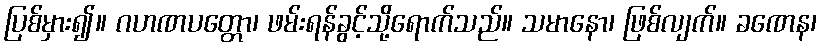
ပြစ်မှား၍။ ဂဟဏပတ္တော၊ ဖမ်းရန်ခွင့်သို့ရောက်သည်။ သမာနော၊ ဖြစ်လျက်။ ခဏေန၊